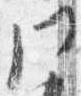
門